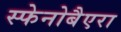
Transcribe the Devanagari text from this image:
स्फेनोबैएरा